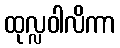
ထုလ္လဝါလိကာ